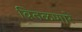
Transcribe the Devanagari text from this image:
वितळणारे